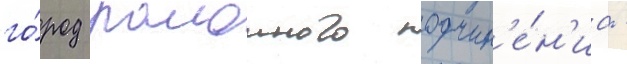
го́род раионного подчин'е́н'иа -